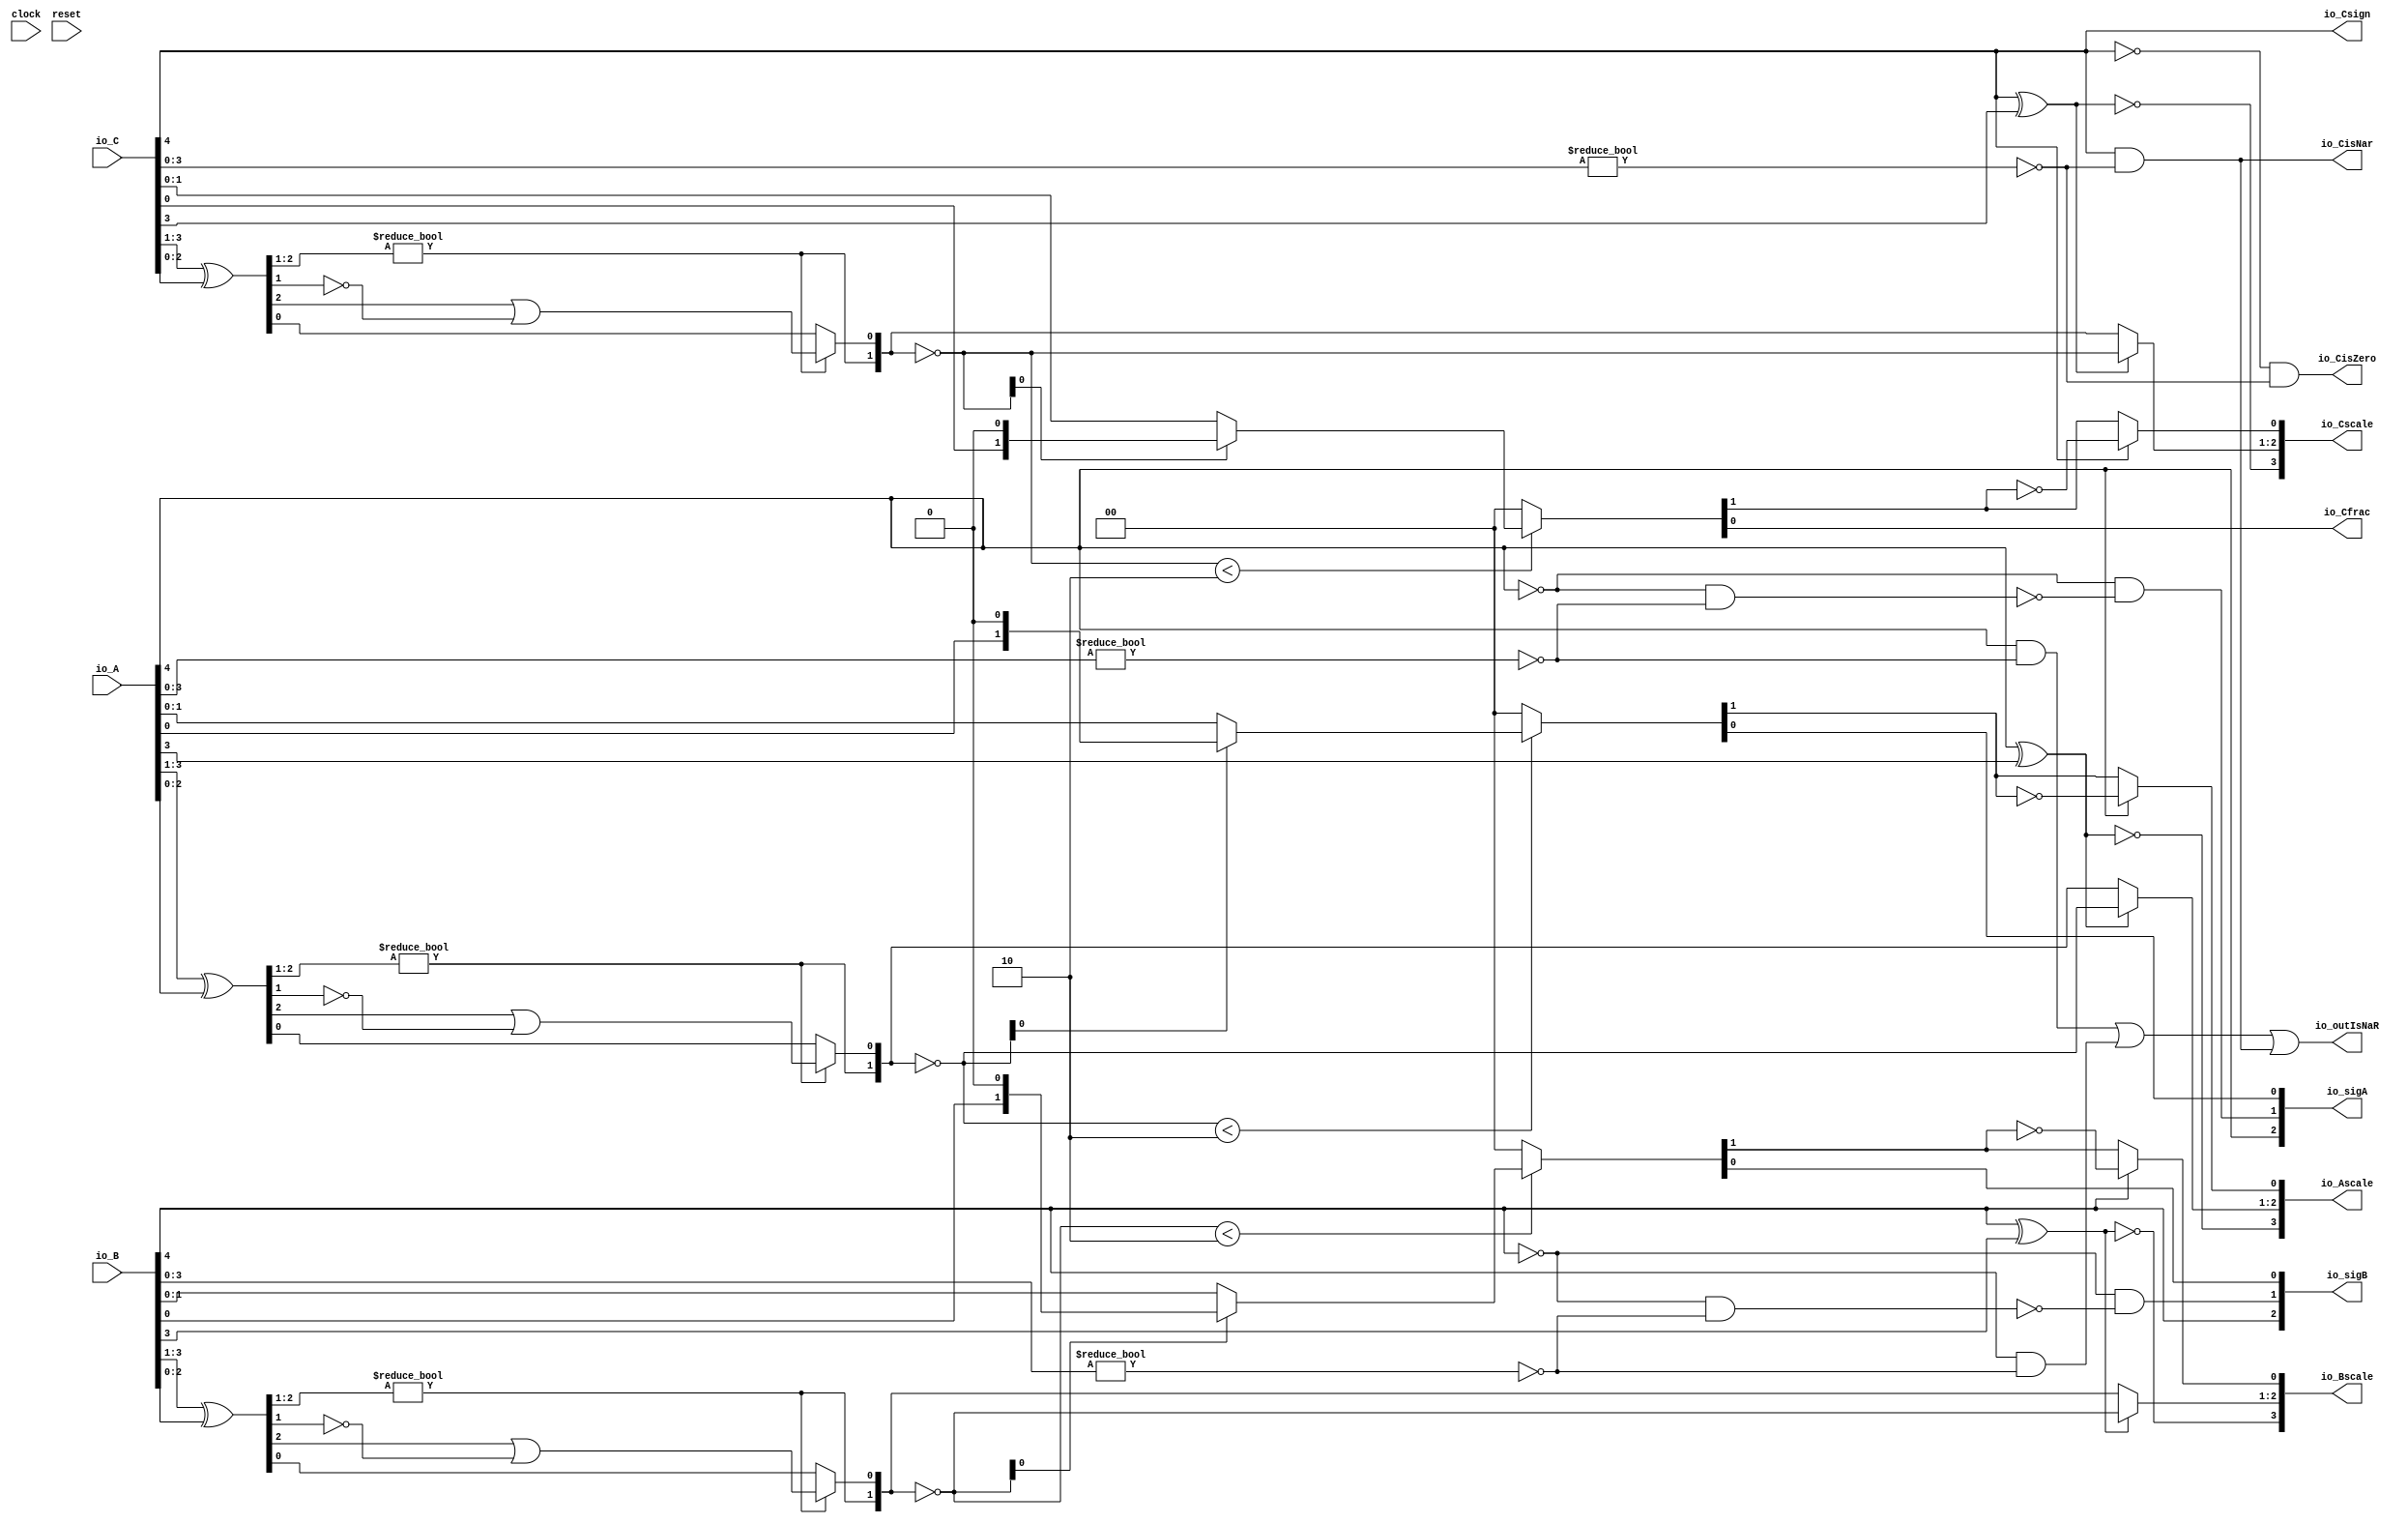
module FMA_Dec5_1(
  input        clock,
  input        reset,
  input  [4:0] io_A,
  input  [4:0] io_B,
  input  [4:0] io_C,
  output [2:0] io_sigA,
  output [2:0] io_sigB,
  output       io_outIsNaR,
  output       io_Csign,
  output       io_CisNar,
  output       io_CisZero,
  output       io_Cfrac,
  output [3:0] io_Ascale,
  output [3:0] io_Bscale,
  output [3:0] io_Cscale
);
  wire [5:0] _T_2; // @[FMA_Dec.scala 38:46]
  wire [4:0] realA; // @[FMA_Dec.scala 38:46]
  wire [5:0] _T_5; // @[FMA_Dec.scala 39:46]
  wire [4:0] realC; // @[FMA_Dec.scala 39:46]
  wire  _T_7; // @[convert.scala 18:24]
  wire  _T_8; // @[convert.scala 18:40]
  wire  _T_9; // @[convert.scala 18:36]
  wire [2:0] _T_10; // @[convert.scala 19:24]
  wire [2:0] _T_11; // @[convert.scala 19:43]
  wire [2:0] _T_12; // @[convert.scala 19:39]
  wire [1:0] _T_13; // @[LZD.scala 43:32]
  wire  _T_14; // @[LZD.scala 39:14]
  wire  _T_15; // @[LZD.scala 39:21]
  wire  _T_16; // @[LZD.scala 39:30]
  wire  _T_17; // @[LZD.scala 39:27]
  wire  _T_18; // @[LZD.scala 39:25]
  wire [1:0] _T_19; // @[Cat.scala 29:58]
  wire  _T_20; // @[LZD.scala 44:32]
  wire  _T_22; // @[Shift.scala 12:21]
  wire  _T_24; // @[LZD.scala 55:32]
  wire  _T_25; // @[LZD.scala 55:20]
  wire [1:0] _T_26; // @[Cat.scala 29:58]
  wire [1:0] _T_27; // @[convert.scala 21:22]
  wire [1:0] _T_28; // @[convert.scala 22:36]
  wire  _T_29; // @[Shift.scala 16:24]
  wire  _T_30; // @[Shift.scala 17:37]
  wire  _T_32; // @[Shift.scala 64:52]
  wire [1:0] _T_33; // @[Cat.scala 29:58]
  wire [1:0] _T_34; // @[Shift.scala 64:27]
  wire [1:0] _T_35; // @[Shift.scala 16:10]
  wire  _T_36; // @[convert.scala 23:34]
  wire  decA_fraction; // @[convert.scala 24:34]
  wire  _T_38; // @[convert.scala 25:26]
  wire [1:0] _T_40; // @[convert.scala 25:42]
  wire  _T_43; // @[convert.scala 26:67]
  wire  _T_44; // @[convert.scala 26:51]
  wire [3:0] _T_45; // @[Cat.scala 29:58]
  wire [3:0] _T_47; // @[convert.scala 29:56]
  wire  _T_48; // @[convert.scala 29:60]
  wire  _T_49; // @[convert.scala 29:41]
  wire  decA_isNaR; // @[convert.scala 29:39]
  wire  _T_52; // @[convert.scala 30:19]
  wire  decA_isZero; // @[convert.scala 30:41]
  wire  _T_61; // @[convert.scala 18:24]
  wire  _T_62; // @[convert.scala 18:40]
  wire  _T_63; // @[convert.scala 18:36]
  wire [2:0] _T_64; // @[convert.scala 19:24]
  wire [2:0] _T_65; // @[convert.scala 19:43]
  wire [2:0] _T_66; // @[convert.scala 19:39]
  wire [1:0] _T_67; // @[LZD.scala 43:32]
  wire  _T_68; // @[LZD.scala 39:14]
  wire  _T_69; // @[LZD.scala 39:21]
  wire  _T_70; // @[LZD.scala 39:30]
  wire  _T_71; // @[LZD.scala 39:27]
  wire  _T_72; // @[LZD.scala 39:25]
  wire [1:0] _T_73; // @[Cat.scala 29:58]
  wire  _T_74; // @[LZD.scala 44:32]
  wire  _T_76; // @[Shift.scala 12:21]
  wire  _T_78; // @[LZD.scala 55:32]
  wire  _T_79; // @[LZD.scala 55:20]
  wire [1:0] _T_80; // @[Cat.scala 29:58]
  wire [1:0] _T_81; // @[convert.scala 21:22]
  wire [1:0] _T_82; // @[convert.scala 22:36]
  wire  _T_83; // @[Shift.scala 16:24]
  wire  _T_84; // @[Shift.scala 17:37]
  wire  _T_86; // @[Shift.scala 64:52]
  wire [1:0] _T_87; // @[Cat.scala 29:58]
  wire [1:0] _T_88; // @[Shift.scala 64:27]
  wire [1:0] _T_89; // @[Shift.scala 16:10]
  wire  _T_90; // @[convert.scala 23:34]
  wire  decB_fraction; // @[convert.scala 24:34]
  wire  _T_92; // @[convert.scala 25:26]
  wire [1:0] _T_94; // @[convert.scala 25:42]
  wire  _T_97; // @[convert.scala 26:67]
  wire  _T_98; // @[convert.scala 26:51]
  wire [3:0] _T_99; // @[Cat.scala 29:58]
  wire [3:0] _T_101; // @[convert.scala 29:56]
  wire  _T_102; // @[convert.scala 29:60]
  wire  _T_103; // @[convert.scala 29:41]
  wire  decB_isNaR; // @[convert.scala 29:39]
  wire  _T_106; // @[convert.scala 30:19]
  wire  decB_isZero; // @[convert.scala 30:41]
  wire  _T_115; // @[convert.scala 18:24]
  wire  _T_116; // @[convert.scala 18:40]
  wire  _T_117; // @[convert.scala 18:36]
  wire [2:0] _T_118; // @[convert.scala 19:24]
  wire [2:0] _T_119; // @[convert.scala 19:43]
  wire [2:0] _T_120; // @[convert.scala 19:39]
  wire [1:0] _T_121; // @[LZD.scala 43:32]
  wire  _T_122; // @[LZD.scala 39:14]
  wire  _T_123; // @[LZD.scala 39:21]
  wire  _T_124; // @[LZD.scala 39:30]
  wire  _T_125; // @[LZD.scala 39:27]
  wire  _T_126; // @[LZD.scala 39:25]
  wire [1:0] _T_127; // @[Cat.scala 29:58]
  wire  _T_128; // @[LZD.scala 44:32]
  wire  _T_130; // @[Shift.scala 12:21]
  wire  _T_132; // @[LZD.scala 55:32]
  wire  _T_133; // @[LZD.scala 55:20]
  wire [1:0] _T_134; // @[Cat.scala 29:58]
  wire [1:0] _T_135; // @[convert.scala 21:22]
  wire [1:0] _T_136; // @[convert.scala 22:36]
  wire  _T_137; // @[Shift.scala 16:24]
  wire  _T_138; // @[Shift.scala 17:37]
  wire  _T_140; // @[Shift.scala 64:52]
  wire [1:0] _T_141; // @[Cat.scala 29:58]
  wire [1:0] _T_142; // @[Shift.scala 64:27]
  wire [1:0] _T_143; // @[Shift.scala 16:10]
  wire  _T_144; // @[convert.scala 23:34]
  wire  _T_146; // @[convert.scala 25:26]
  wire [1:0] _T_148; // @[convert.scala 25:42]
  wire  _T_151; // @[convert.scala 26:67]
  wire  _T_152; // @[convert.scala 26:51]
  wire [3:0] _T_153; // @[Cat.scala 29:58]
  wire [3:0] _T_155; // @[convert.scala 29:56]
  wire  _T_156; // @[convert.scala 29:60]
  wire  _T_157; // @[convert.scala 29:41]
  wire  decC_isNaR; // @[convert.scala 29:39]
  wire  _T_160; // @[convert.scala 30:19]
  wire  _T_168; // @[FMA_Dec.scala 46:30]
  wire  _T_170; // @[FMA_Dec.scala 49:34]
  wire  _T_171; // @[FMA_Dec.scala 49:47]
  wire  _T_172; // @[FMA_Dec.scala 49:45]
  wire [2:0] _T_174; // @[Cat.scala 29:58]
  wire  _T_176; // @[FMA_Dec.scala 50:34]
  wire  _T_177; // @[FMA_Dec.scala 50:47]
  wire  _T_178; // @[FMA_Dec.scala 50:45]
  wire [2:0] _T_180; // @[Cat.scala 29:58]
  assign _T_2 = {{1'd0}, io_A}; // @[FMA_Dec.scala 38:46]
  assign realA = _T_2[4:0]; // @[FMA_Dec.scala 38:46]
  assign _T_5 = {{1'd0}, io_C}; // @[FMA_Dec.scala 39:46]
  assign realC = _T_5[4:0]; // @[FMA_Dec.scala 39:46]
  assign _T_7 = realA[4]; // @[convert.scala 18:24]
  assign _T_8 = realA[3]; // @[convert.scala 18:40]
  assign _T_9 = _T_7 ^ _T_8; // @[convert.scala 18:36]
  assign _T_10 = realA[3:1]; // @[convert.scala 19:24]
  assign _T_11 = realA[2:0]; // @[convert.scala 19:43]
  assign _T_12 = _T_10 ^ _T_11; // @[convert.scala 19:39]
  assign _T_13 = _T_12[2:1]; // @[LZD.scala 43:32]
  assign _T_14 = _T_13 != 2'h0; // @[LZD.scala 39:14]
  assign _T_15 = _T_13[1]; // @[LZD.scala 39:21]
  assign _T_16 = _T_13[0]; // @[LZD.scala 39:30]
  assign _T_17 = ~ _T_16; // @[LZD.scala 39:27]
  assign _T_18 = _T_15 | _T_17; // @[LZD.scala 39:25]
  assign _T_19 = {_T_14,_T_18}; // @[Cat.scala 29:58]
  assign _T_20 = _T_12[0:0]; // @[LZD.scala 44:32]
  assign _T_22 = _T_19[1]; // @[Shift.scala 12:21]
  assign _T_24 = _T_19[0:0]; // @[LZD.scala 55:32]
  assign _T_25 = _T_22 ? _T_24 : _T_20; // @[LZD.scala 55:20]
  assign _T_26 = {_T_22,_T_25}; // @[Cat.scala 29:58]
  assign _T_27 = ~ _T_26; // @[convert.scala 21:22]
  assign _T_28 = realA[1:0]; // @[convert.scala 22:36]
  assign _T_29 = _T_27 < 2'h2; // @[Shift.scala 16:24]
  assign _T_30 = _T_27[0]; // @[Shift.scala 17:37]
  assign _T_32 = _T_28[0:0]; // @[Shift.scala 64:52]
  assign _T_33 = {_T_32,1'h0}; // @[Cat.scala 29:58]
  assign _T_34 = _T_30 ? _T_33 : _T_28; // @[Shift.scala 64:27]
  assign _T_35 = _T_29 ? _T_34 : 2'h0; // @[Shift.scala 16:10]
  assign _T_36 = _T_35[1:1]; // @[convert.scala 23:34]
  assign decA_fraction = _T_35[0:0]; // @[convert.scala 24:34]
  assign _T_38 = _T_9 == 1'h0; // @[convert.scala 25:26]
  assign _T_40 = _T_9 ? _T_27 : _T_26; // @[convert.scala 25:42]
  assign _T_43 = ~ _T_36; // @[convert.scala 26:67]
  assign _T_44 = _T_7 ? _T_43 : _T_36; // @[convert.scala 26:51]
  assign _T_45 = {_T_38,_T_40,_T_44}; // @[Cat.scala 29:58]
  assign _T_47 = realA[3:0]; // @[convert.scala 29:56]
  assign _T_48 = _T_47 != 4'h0; // @[convert.scala 29:60]
  assign _T_49 = ~ _T_48; // @[convert.scala 29:41]
  assign decA_isNaR = _T_7 & _T_49; // @[convert.scala 29:39]
  assign _T_52 = _T_7 == 1'h0; // @[convert.scala 30:19]
  assign decA_isZero = _T_52 & _T_49; // @[convert.scala 30:41]
  assign _T_61 = io_B[4]; // @[convert.scala 18:24]
  assign _T_62 = io_B[3]; // @[convert.scala 18:40]
  assign _T_63 = _T_61 ^ _T_62; // @[convert.scala 18:36]
  assign _T_64 = io_B[3:1]; // @[convert.scala 19:24]
  assign _T_65 = io_B[2:0]; // @[convert.scala 19:43]
  assign _T_66 = _T_64 ^ _T_65; // @[convert.scala 19:39]
  assign _T_67 = _T_66[2:1]; // @[LZD.scala 43:32]
  assign _T_68 = _T_67 != 2'h0; // @[LZD.scala 39:14]
  assign _T_69 = _T_67[1]; // @[LZD.scala 39:21]
  assign _T_70 = _T_67[0]; // @[LZD.scala 39:30]
  assign _T_71 = ~ _T_70; // @[LZD.scala 39:27]
  assign _T_72 = _T_69 | _T_71; // @[LZD.scala 39:25]
  assign _T_73 = {_T_68,_T_72}; // @[Cat.scala 29:58]
  assign _T_74 = _T_66[0:0]; // @[LZD.scala 44:32]
  assign _T_76 = _T_73[1]; // @[Shift.scala 12:21]
  assign _T_78 = _T_73[0:0]; // @[LZD.scala 55:32]
  assign _T_79 = _T_76 ? _T_78 : _T_74; // @[LZD.scala 55:20]
  assign _T_80 = {_T_76,_T_79}; // @[Cat.scala 29:58]
  assign _T_81 = ~ _T_80; // @[convert.scala 21:22]
  assign _T_82 = io_B[1:0]; // @[convert.scala 22:36]
  assign _T_83 = _T_81 < 2'h2; // @[Shift.scala 16:24]
  assign _T_84 = _T_81[0]; // @[Shift.scala 17:37]
  assign _T_86 = _T_82[0:0]; // @[Shift.scala 64:52]
  assign _T_87 = {_T_86,1'h0}; // @[Cat.scala 29:58]
  assign _T_88 = _T_84 ? _T_87 : _T_82; // @[Shift.scala 64:27]
  assign _T_89 = _T_83 ? _T_88 : 2'h0; // @[Shift.scala 16:10]
  assign _T_90 = _T_89[1:1]; // @[convert.scala 23:34]
  assign decB_fraction = _T_89[0:0]; // @[convert.scala 24:34]
  assign _T_92 = _T_63 == 1'h0; // @[convert.scala 25:26]
  assign _T_94 = _T_63 ? _T_81 : _T_80; // @[convert.scala 25:42]
  assign _T_97 = ~ _T_90; // @[convert.scala 26:67]
  assign _T_98 = _T_61 ? _T_97 : _T_90; // @[convert.scala 26:51]
  assign _T_99 = {_T_92,_T_94,_T_98}; // @[Cat.scala 29:58]
  assign _T_101 = io_B[3:0]; // @[convert.scala 29:56]
  assign _T_102 = _T_101 != 4'h0; // @[convert.scala 29:60]
  assign _T_103 = ~ _T_102; // @[convert.scala 29:41]
  assign decB_isNaR = _T_61 & _T_103; // @[convert.scala 29:39]
  assign _T_106 = _T_61 == 1'h0; // @[convert.scala 30:19]
  assign decB_isZero = _T_106 & _T_103; // @[convert.scala 30:41]
  assign _T_115 = realC[4]; // @[convert.scala 18:24]
  assign _T_116 = realC[3]; // @[convert.scala 18:40]
  assign _T_117 = _T_115 ^ _T_116; // @[convert.scala 18:36]
  assign _T_118 = realC[3:1]; // @[convert.scala 19:24]
  assign _T_119 = realC[2:0]; // @[convert.scala 19:43]
  assign _T_120 = _T_118 ^ _T_119; // @[convert.scala 19:39]
  assign _T_121 = _T_120[2:1]; // @[LZD.scala 43:32]
  assign _T_122 = _T_121 != 2'h0; // @[LZD.scala 39:14]
  assign _T_123 = _T_121[1]; // @[LZD.scala 39:21]
  assign _T_124 = _T_121[0]; // @[LZD.scala 39:30]
  assign _T_125 = ~ _T_124; // @[LZD.scala 39:27]
  assign _T_126 = _T_123 | _T_125; // @[LZD.scala 39:25]
  assign _T_127 = {_T_122,_T_126}; // @[Cat.scala 29:58]
  assign _T_128 = _T_120[0:0]; // @[LZD.scala 44:32]
  assign _T_130 = _T_127[1]; // @[Shift.scala 12:21]
  assign _T_132 = _T_127[0:0]; // @[LZD.scala 55:32]
  assign _T_133 = _T_130 ? _T_132 : _T_128; // @[LZD.scala 55:20]
  assign _T_134 = {_T_130,_T_133}; // @[Cat.scala 29:58]
  assign _T_135 = ~ _T_134; // @[convert.scala 21:22]
  assign _T_136 = realC[1:0]; // @[convert.scala 22:36]
  assign _T_137 = _T_135 < 2'h2; // @[Shift.scala 16:24]
  assign _T_138 = _T_135[0]; // @[Shift.scala 17:37]
  assign _T_140 = _T_136[0:0]; // @[Shift.scala 64:52]
  assign _T_141 = {_T_140,1'h0}; // @[Cat.scala 29:58]
  assign _T_142 = _T_138 ? _T_141 : _T_136; // @[Shift.scala 64:27]
  assign _T_143 = _T_137 ? _T_142 : 2'h0; // @[Shift.scala 16:10]
  assign _T_144 = _T_143[1:1]; // @[convert.scala 23:34]
  assign _T_146 = _T_117 == 1'h0; // @[convert.scala 25:26]
  assign _T_148 = _T_117 ? _T_135 : _T_134; // @[convert.scala 25:42]
  assign _T_151 = ~ _T_144; // @[convert.scala 26:67]
  assign _T_152 = _T_115 ? _T_151 : _T_144; // @[convert.scala 26:51]
  assign _T_153 = {_T_146,_T_148,_T_152}; // @[Cat.scala 29:58]
  assign _T_155 = realC[3:0]; // @[convert.scala 29:56]
  assign _T_156 = _T_155 != 4'h0; // @[convert.scala 29:60]
  assign _T_157 = ~ _T_156; // @[convert.scala 29:41]
  assign decC_isNaR = _T_115 & _T_157; // @[convert.scala 29:39]
  assign _T_160 = _T_115 == 1'h0; // @[convert.scala 30:19]
  assign _T_168 = decA_isNaR | decB_isNaR; // @[FMA_Dec.scala 46:30]
  assign _T_170 = ~ _T_7; // @[FMA_Dec.scala 49:34]
  assign _T_171 = ~ decA_isZero; // @[FMA_Dec.scala 49:47]
  assign _T_172 = _T_170 & _T_171; // @[FMA_Dec.scala 49:45]
  assign _T_174 = {_T_7,_T_172,decA_fraction}; // @[Cat.scala 29:58]
  assign _T_176 = ~ _T_61; // @[FMA_Dec.scala 50:34]
  assign _T_177 = ~ decB_isZero; // @[FMA_Dec.scala 50:47]
  assign _T_178 = _T_176 & _T_177; // @[FMA_Dec.scala 50:45]
  assign _T_180 = {_T_61,_T_178,decB_fraction}; // @[Cat.scala 29:58]
  assign io_sigA = $signed(_T_174); // @[FMA_Dec.scala 49:16]
  assign io_sigB = $signed(_T_180); // @[FMA_Dec.scala 50:16]
  assign io_outIsNaR = _T_168 | decC_isNaR; // @[FMA_Dec.scala 46:16]
  assign io_Csign = realC[4]; // @[FMA_Dec.scala 55:12]
  assign io_CisNar = _T_115 & _T_157; // @[FMA_Dec.scala 51:17]
  assign io_CisZero = _T_160 & _T_157; // @[FMA_Dec.scala 52:17]
  assign io_Cfrac = _T_143[0:0]; // @[FMA_Dec.scala 53:17]
  assign io_Ascale = $signed(_T_45); // @[FMA_Dec.scala 47:13]
  assign io_Bscale = $signed(_T_99); // @[FMA_Dec.scala 48:13]
  assign io_Cscale = $signed(_T_153); // @[FMA_Dec.scala 54:16]
endmodule